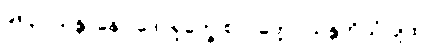
၉၅၃။ သန္တာနော ဒေဝရုက္ခေ စ၊ ဝုတ္တော သန္တတိယံ ပျထ။